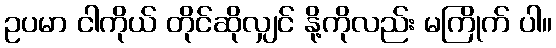
ဥပမာ ငါကိုယ် တိုင်ဆိုလျှင် နို့ကိုလည်း မကြိုက် ပါ။